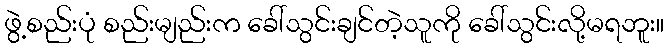
ဖွဲ့စည်းပုံ စည်းမျည်းက ခေါ်သွင်းချင်တဲ့သူကို ခေါ်သွင်းလို့မရဘူး။